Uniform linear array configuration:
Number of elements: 64
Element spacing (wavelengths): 0.25
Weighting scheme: binomial
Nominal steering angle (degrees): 15
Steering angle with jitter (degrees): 14.65
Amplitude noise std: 0.05
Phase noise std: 0.05

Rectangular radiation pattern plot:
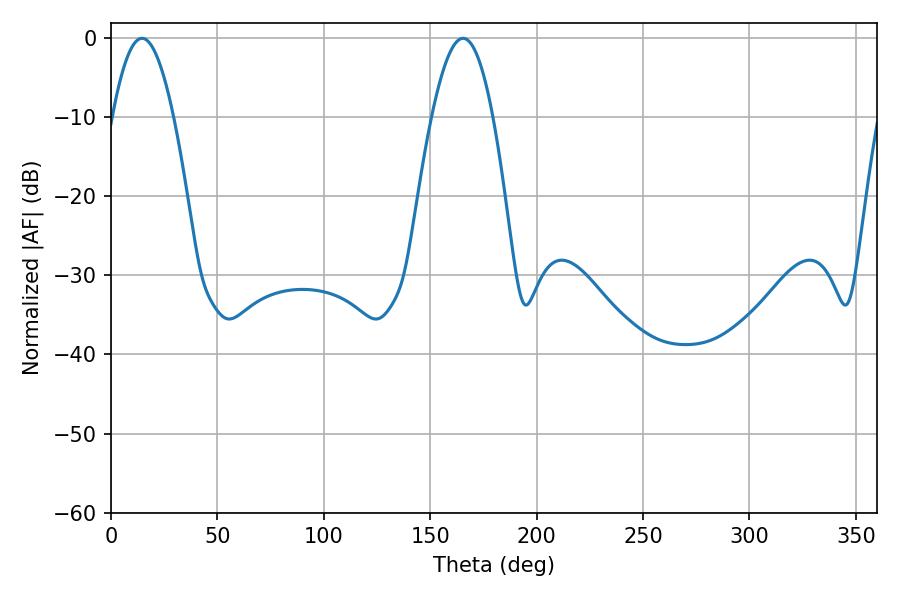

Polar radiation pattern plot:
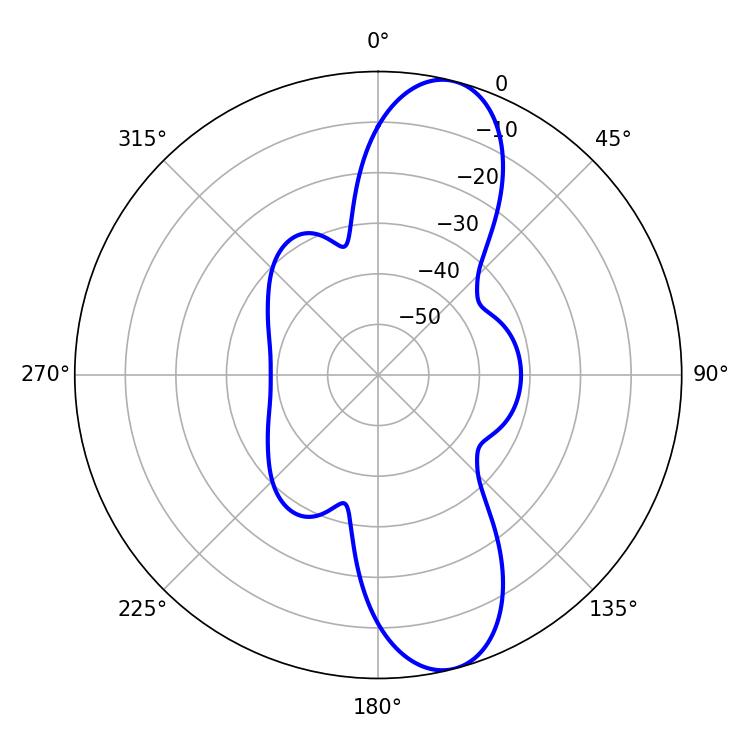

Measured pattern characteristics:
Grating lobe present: FALSE
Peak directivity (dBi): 11.269
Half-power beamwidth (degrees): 15.66
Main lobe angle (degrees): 14.58